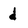
Character: d